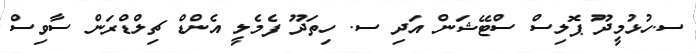
ސ.ހުޅުމީދޫ ޕޮލިސް ސްޓޭޝަން އަދި ސ. ހިތަދޫ ފެމެލީ އެންޑް ޗިލްޑްރަން ސާވިސް